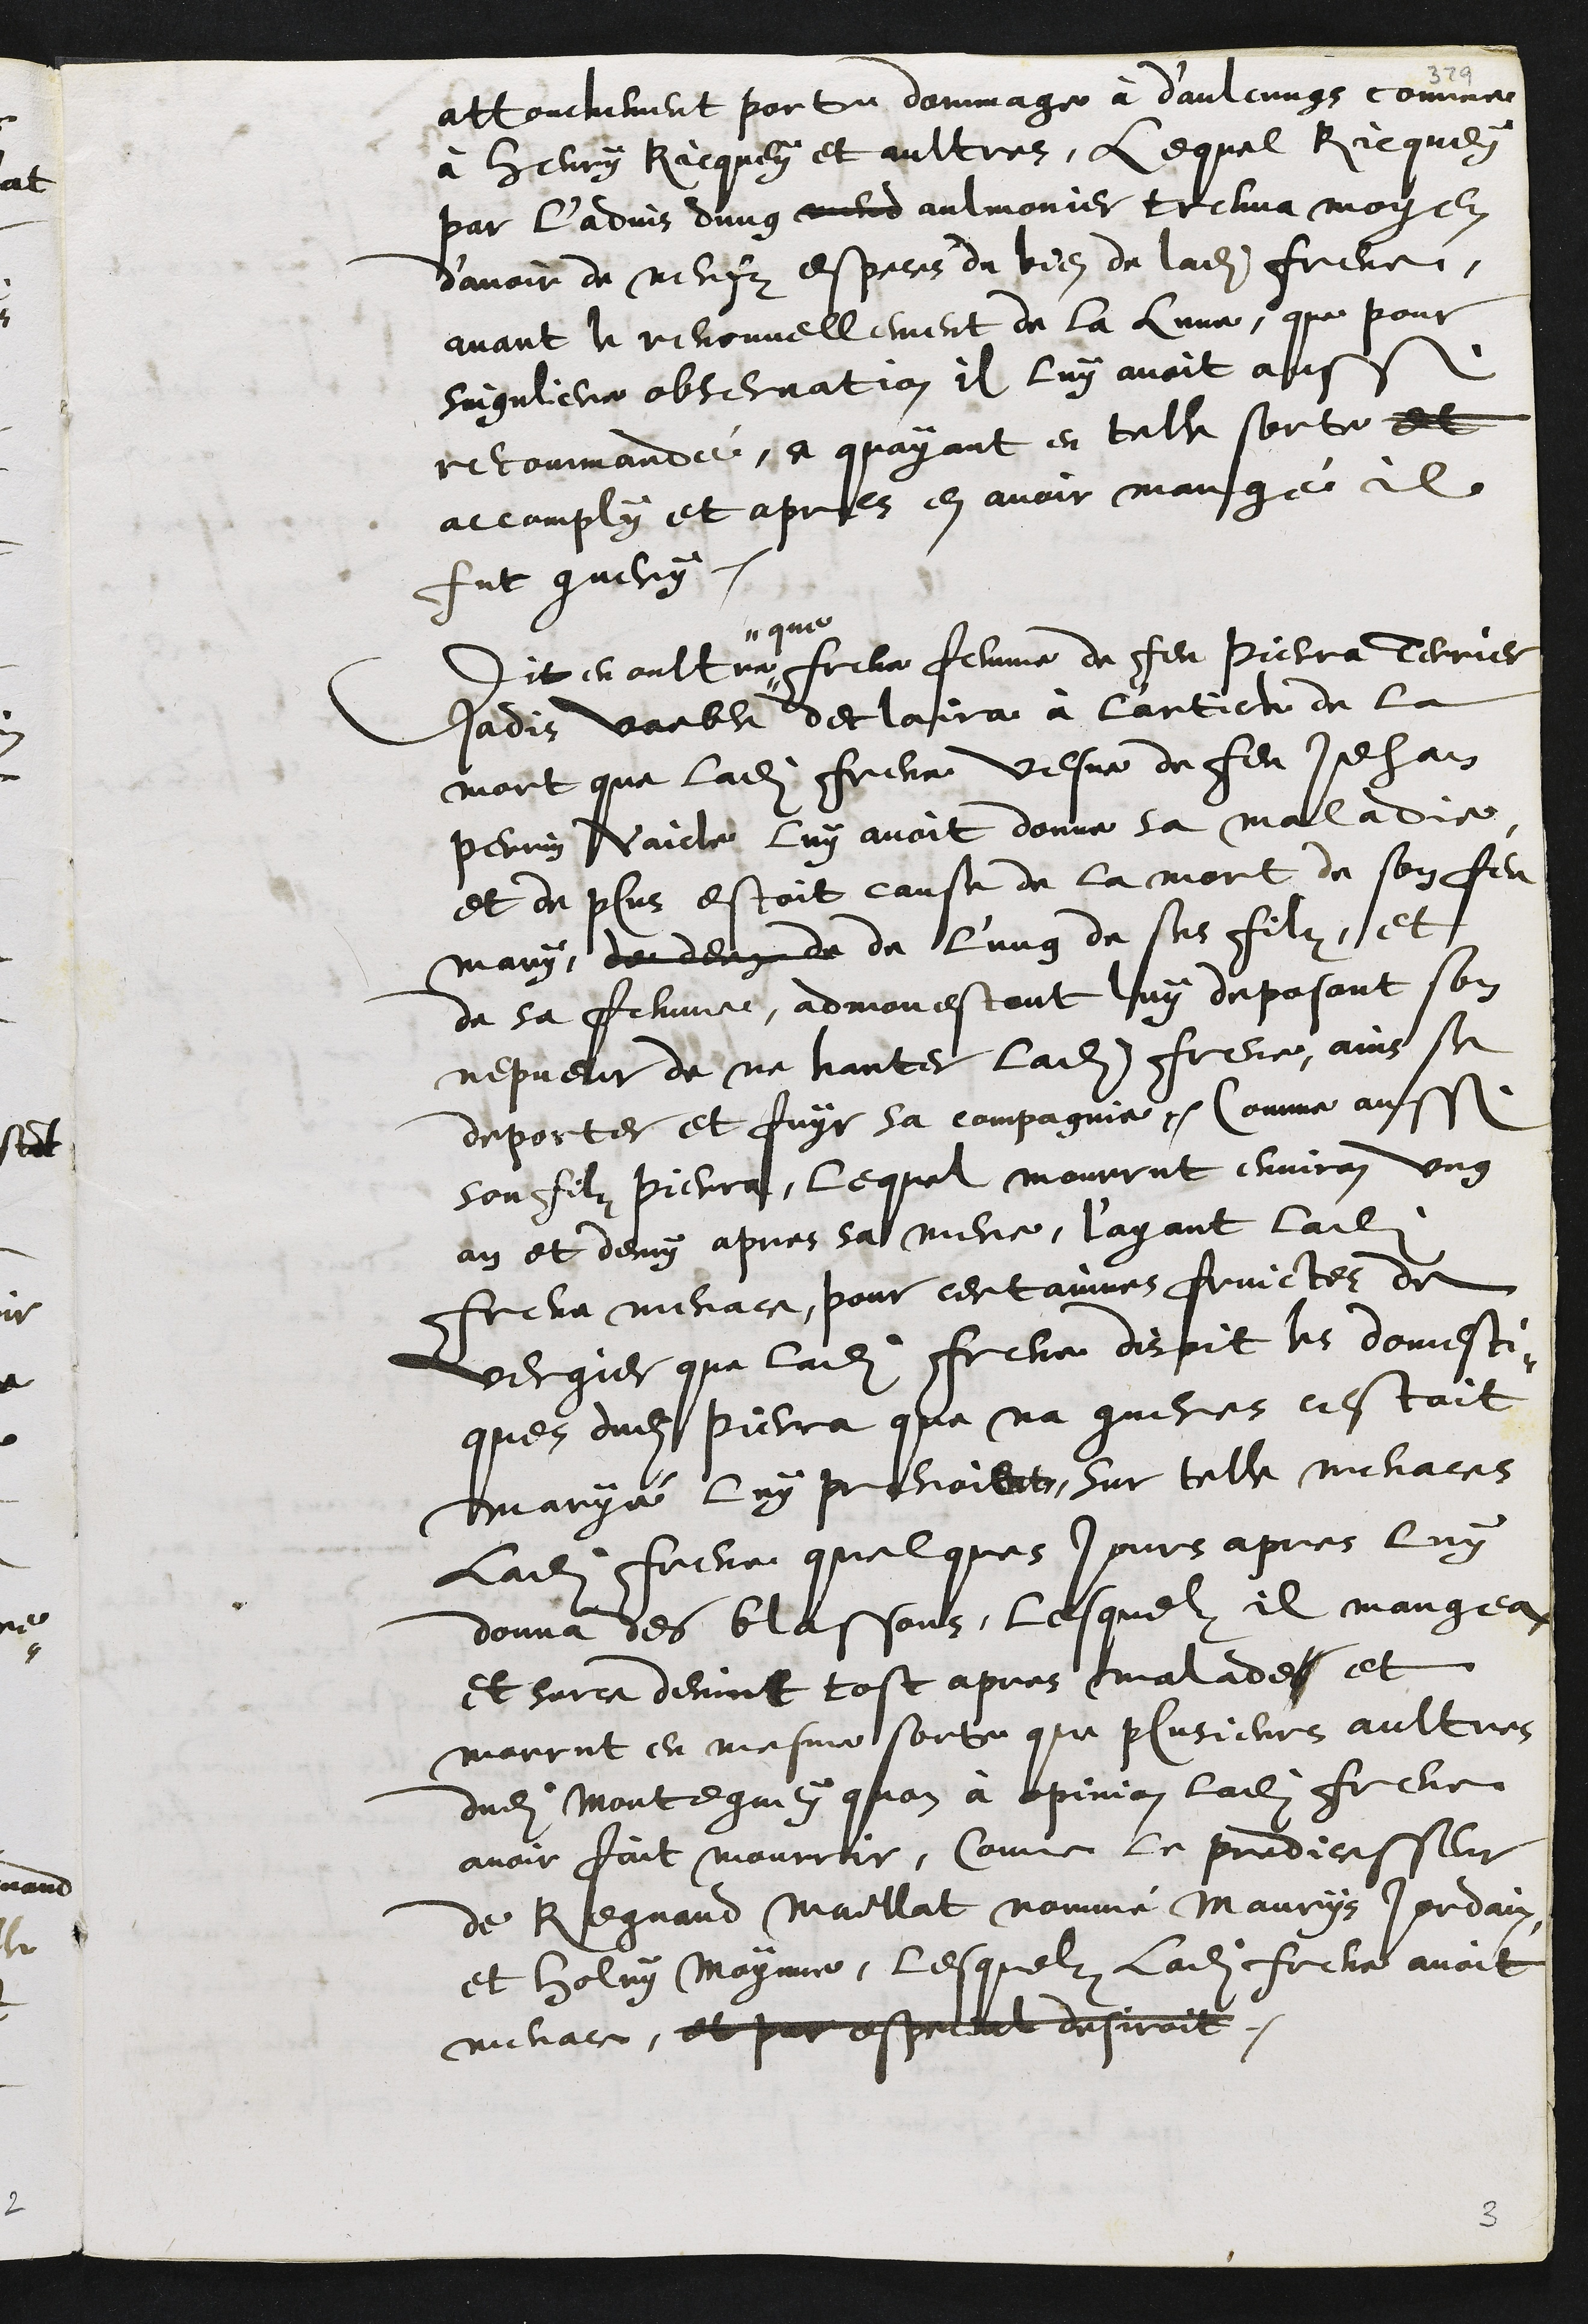
attouchement porte dommage à d'aulcungs comme
à Henry Ricquey et aultres, Lequel Ricquey
par l'advis dung mend aulmonier treuva moyen
d’avoir de neufz especes du bien de ladite Frene,
avant le renouvellement de la lune, que pour
singuliere observation il luy avoit aussi
recommandé, ce quayant en telle sorte et
accomply et apres en avoir mangé il
fut guery
Dit en oultre
que
Frene femme de feu Pierra Terrier
jadis voeble declaira à l'article de la
mort que ladite Frene vesve de feu Jehan
Perrin Vaicle luy avoit donne sa maladie
et de plus estoit cause de la mort de son feu
mary, de deux de de l'ung de ses filz, et
de sa femme, admonestant luy deposant son
nepveur de ne hanter ladite Frene, ains se
deporter et fuyr sa compagnie. Comme aussi
son filz Pierra, lequel mourrut environ ung
an et demy apres sa mere, l'ayant ladite
Frene menace, pour certaines fruictes de
vergier que ladite Frene disoit les domesti¬
ques dudit Pierra que na gueres cestoit
maryé luy prenoient, sur telle menaces
Ladite Frene quelques jours apres luy
donna des blassons, lesquelz il mangea
et surce devint tost apres malades et
morrut en mesme sorte que plusieurs aultres
dudit Montegney quon à opinion ladite Frene
avoir fait mourrir, comme le predicesseur
de Regnaud Maillat nommé Maurys Jordain
et Holry Moynne, lesquelz ladite Frene avoit
menace, et par especial desiroit.
3